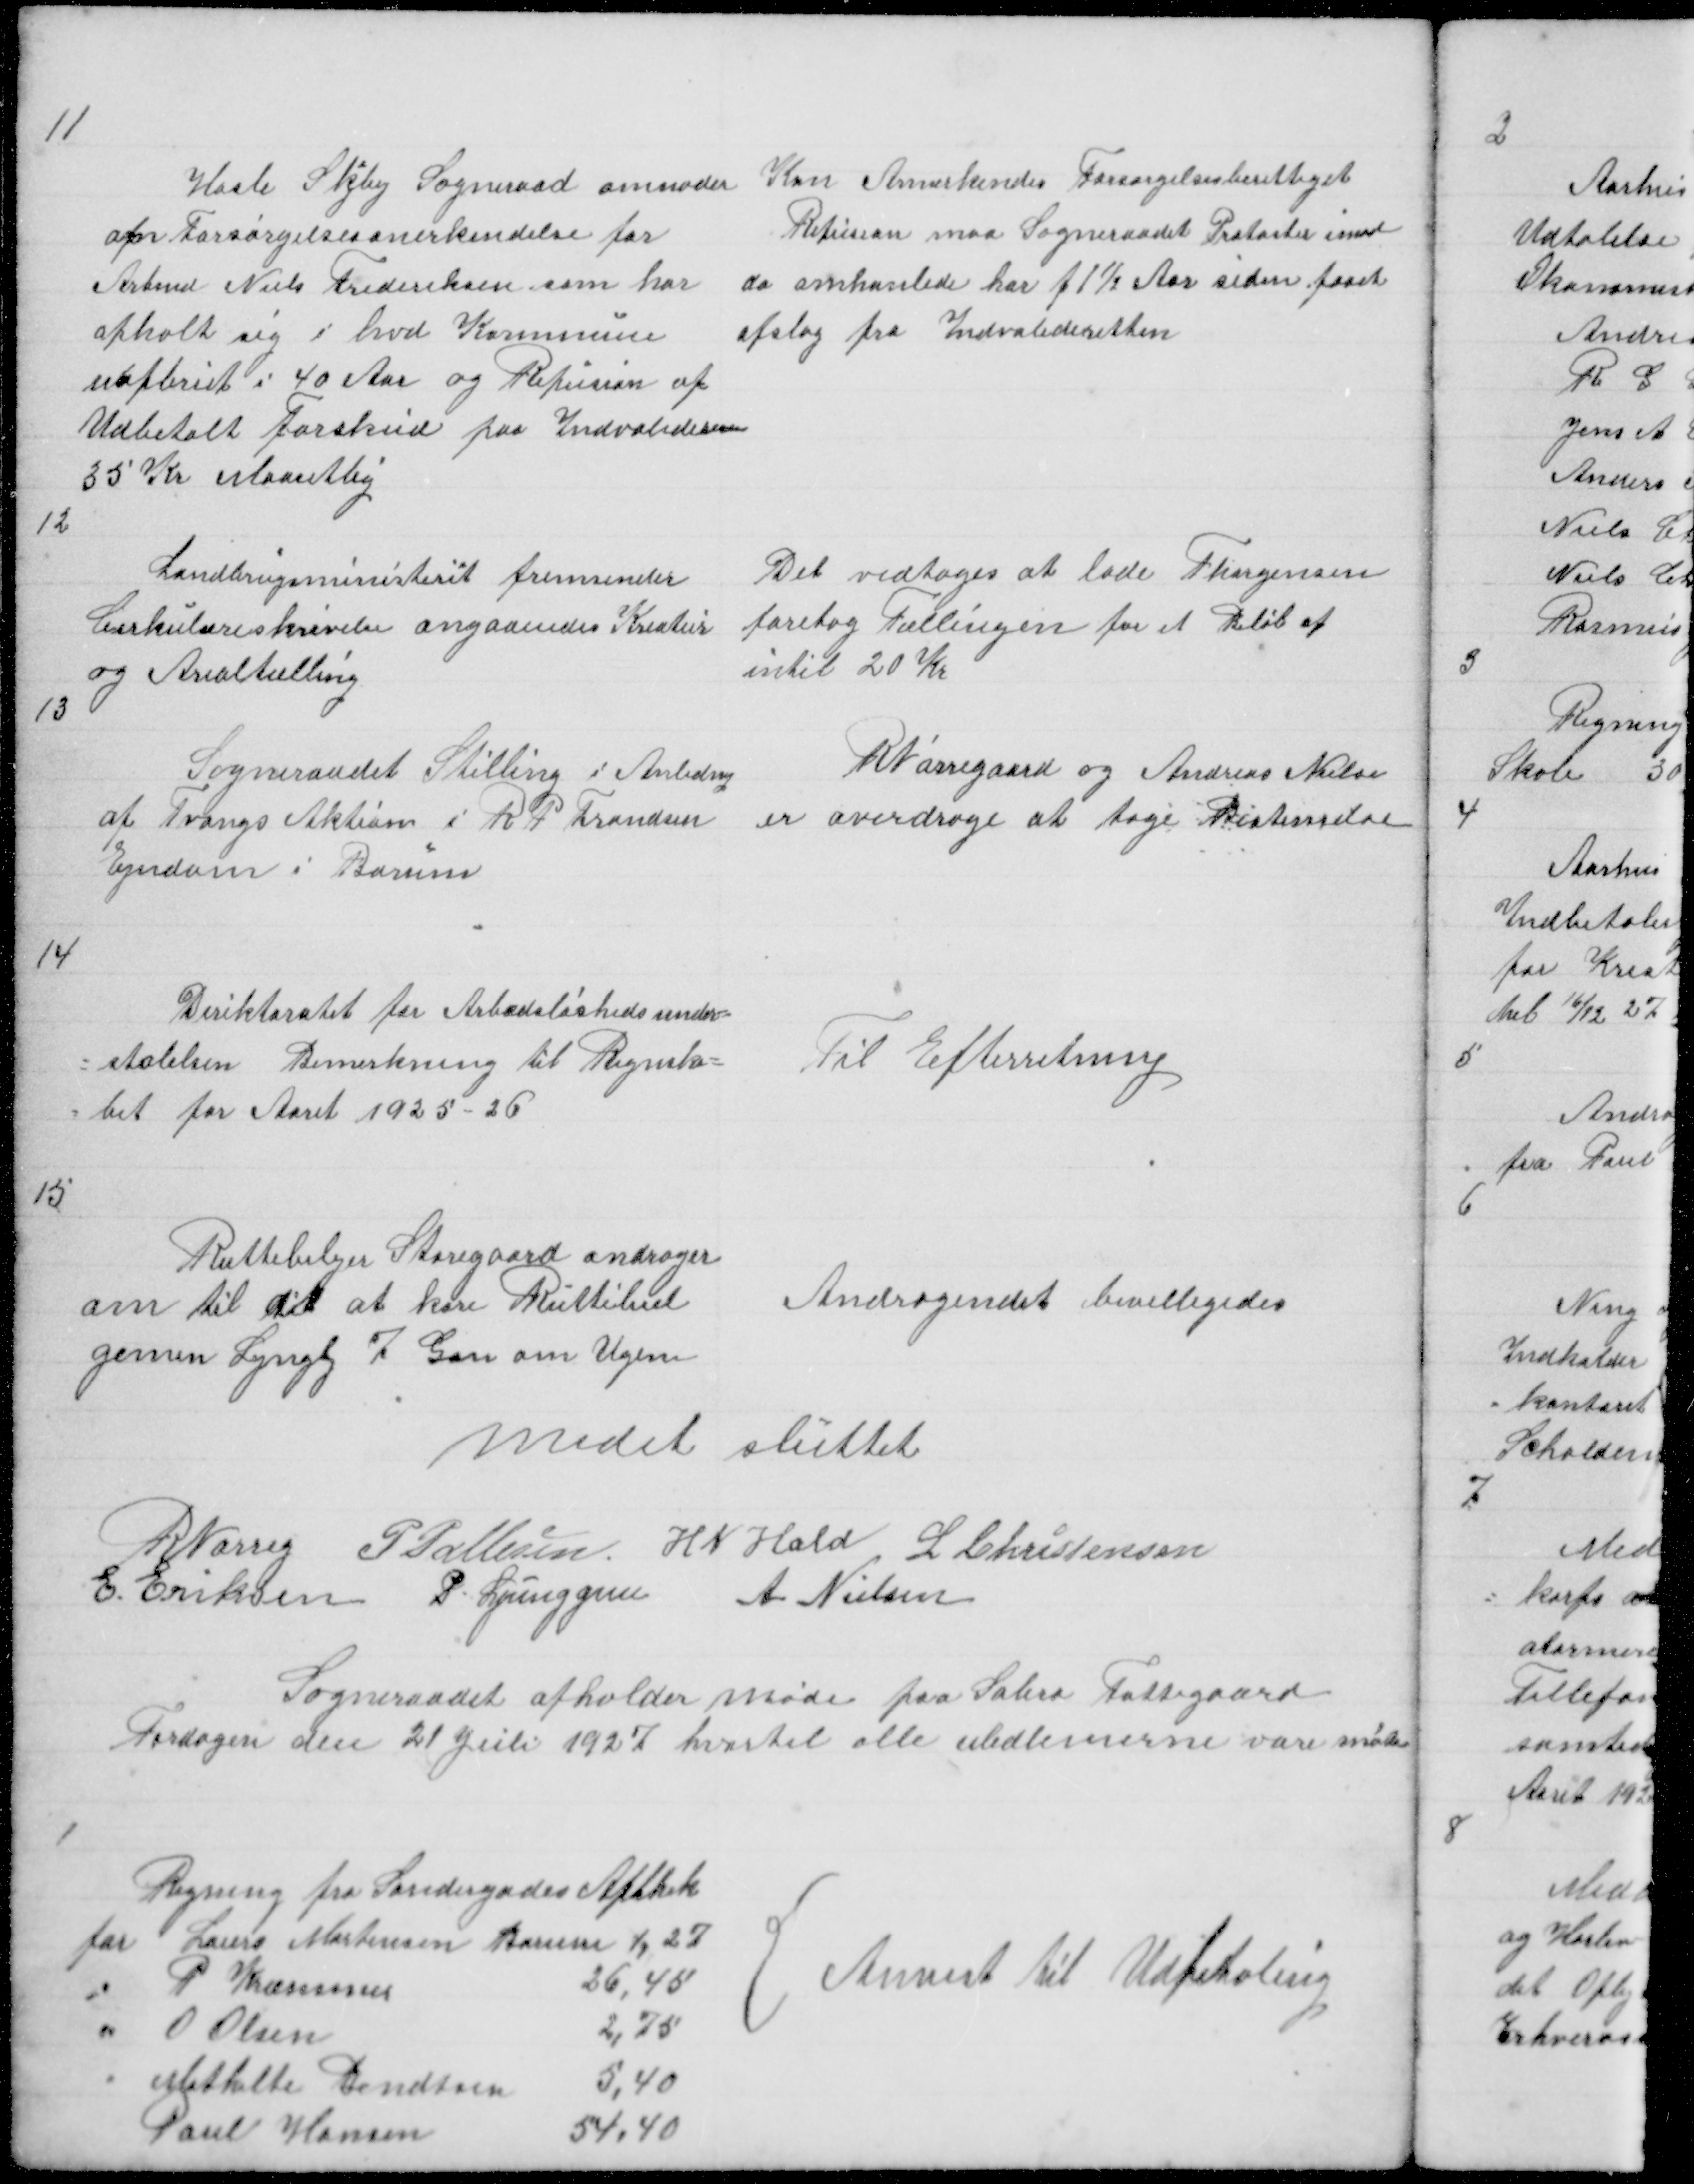
Transskription:
11

Hasle Skejby Sogneraad anmoder
om Forsørgelsesanerkendelse for
Arbmd Niels Frederiksen som har
opholt sig i hvd Kommune
uafbrut i 40 Aar og Refusion af
Udbetalt Forskud paa Indvaliderente
35 Kr Maantlig

Kan Annerkendes Forsørgelsesberettiget
Refusion maa Sogneraadet Protaster imod
da omhanlede har f 1½ Aar siden faaet
Afslag fra Indvalideretten

12

Landbrugsministeriet fremsender
Cirkulæreskrivelse angaaendes Kreatur
og Arealtælling

Det vedtoges at lade Thorgensen
foretag Tællingen for et Beløb af
intil 20 Kr

13

Sogneraadet Stilling i Anledning
af Tvangs Auktion i R P Frandsen
Ejndom i Borum

R Nørregaard og Andreas Nielsen
er overdrage at tage

14

Deriktoratet for Arbedsløshedsunder =
= støtelsen Bemerkning til Regnska =
= bet for Aaret 1925 - 26

Til Efterretning

15

Ruttebilejer Storegaard andrager
om til det at køre Ruttebiel
gemen Lyngby 7 Gan om Ugen

Andragendet bevilligedes

medet sluttet

R Nørreg P Pallesen H N Hald L Christensen
E Eriksen P. Ljunggren A Nielsen

Sogneraadet afholder Møde paa Sabro Fattigaard
Tordagen den 21 Juli 1927 hvortil alle Medlemerne vare møte

1

Regning fra Søndergades Apthek
for
Laurs Mortensen 4,27
"
P Kræmmer
26,45
"
O Olsen
2,75
"
Mathilte Bendtsen
5,40
Poul Hansen
54,40

{
Anvist til Udbetaling